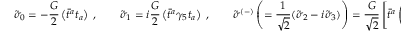
{ \tilde { \sigma } } _ { 0 } = - \frac { G } { 2 } \left( \bar { t } ^ { a } t _ { a } \right) \ , \qquad { \tilde { \sigma } } _ { 1 } = i \frac { G } { 2 } \left( \bar { t } ^ { a } \gamma _ { 5 } t _ { a } \right) \ , \qquad { \tilde { \sigma } } ^ { ( - ) } \left( = \frac { 1 } { \sqrt { 2 } } ( { \tilde { \sigma } } _ { 2 } - i { \tilde { \sigma } } _ { 3 } ) \right) = \frac { G } { \sqrt { 2 } } \left[ \bar { t } ^ { a } \left( \frac { 1 - \gamma _ { 5 } } { 2 } \right) b _ { a } \right] \ ,